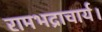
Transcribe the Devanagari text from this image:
रामभद्राचार्य।